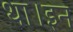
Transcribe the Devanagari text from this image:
था।इन